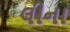
લીના